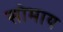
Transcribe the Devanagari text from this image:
सोमाय